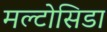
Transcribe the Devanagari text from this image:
मल्टोसिडा